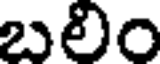
బలిం